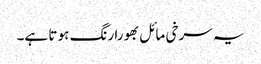
یہ سرخی مائل بھورا رنگ ہو تا ہے۔